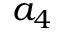
a _ { 4 }